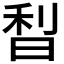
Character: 𣇘